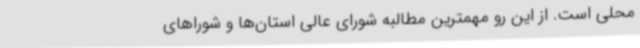
محلی است. از این رو مهمترین مطالبه شورای عالی استان‌ها و شوراهای